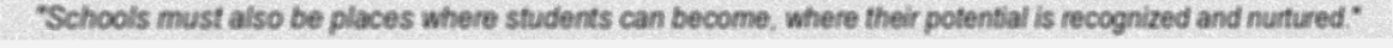
"Schools must also be places where students can become, where their potential is recognized and nurtured."